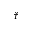
\check { \tau }